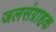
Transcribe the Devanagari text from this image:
जलसंग्राहक